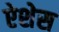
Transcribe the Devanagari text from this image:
ऐशेस